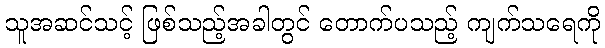
သူအဆင်သင့် ဖြစ်သည့်အခါတွင် တောက်ပသည့် ကျက်သရေကို